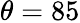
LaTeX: \theta=85